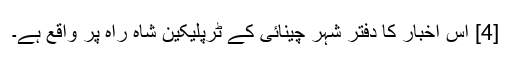
[4] اس اخبار کا دفتر شہر چینائی کے ٹرپلیکین شاہ راہ پر واقع ہے۔